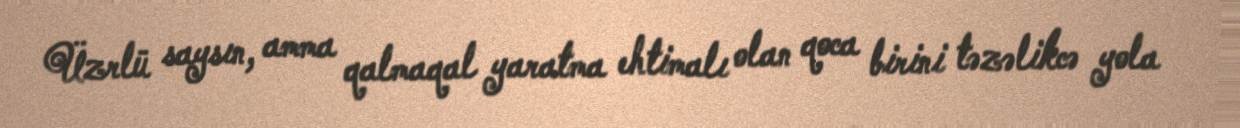
Üzrlü saysın, amma qalmaqal yaratma ehtimalı olan qoca birini təzəlikcə yola